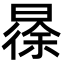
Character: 𣉹